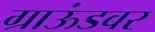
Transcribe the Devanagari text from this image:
ग्राऊंडवर